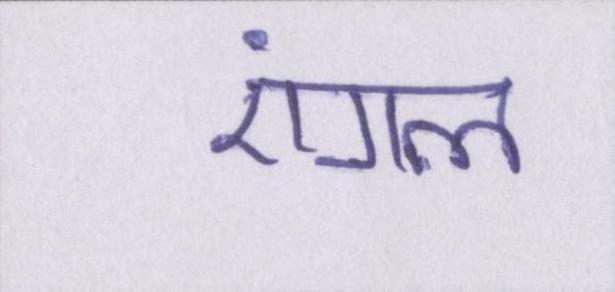
एंगल